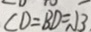
C D = B D = \sqrt { 3 } .